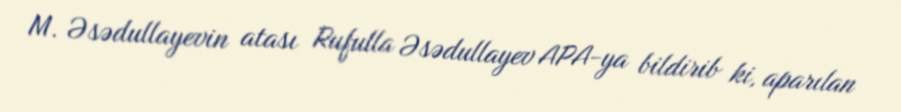
M. Əsədullayevin atası Rufulla Əsədullayev APA-ya bildirib ki, aparılan